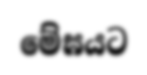
මේඝයට